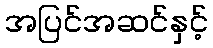
အပြင်အဆင်နှင့်